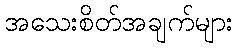
အသေးစိတ်အချက်များ